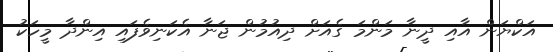
އަކްޔަން އާއި ދީނާ މަންމަ ގެއަށް ދިއުމުން ޖަނާ އެކަނިވެފައި އިންދާ މީހަކު